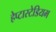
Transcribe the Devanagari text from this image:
हेप्टास्टेडियम